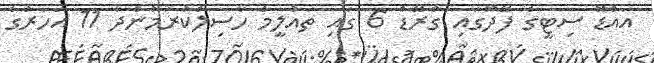
އައްޑޫ ސިޓީގެ ފޭދޫގައި ގްރޭޑް 6 ގައި ތައުލީމް ހާސިލްކުރަމުންދާ 11 އަހަރުގެ